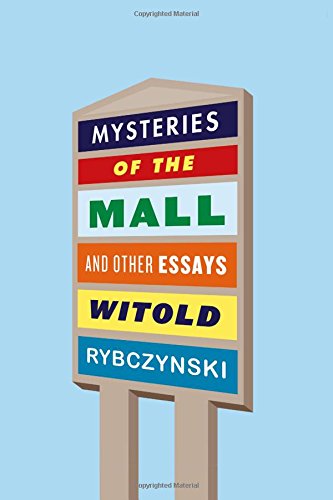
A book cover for Mysteries of the Mall: And Other Essays; Witold Rybczynski; Arts & Photography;